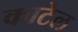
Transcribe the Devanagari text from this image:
काटेल